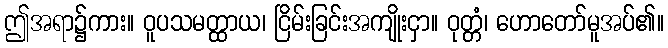
ဤအရာ၌ကား။ ဝူပသမတ္ထာယ၊ ငြိမ်းခြင်းအကျိုးငှာ။ ဝုတ္တံ၊ ဟောတော်မူအပ်၏။